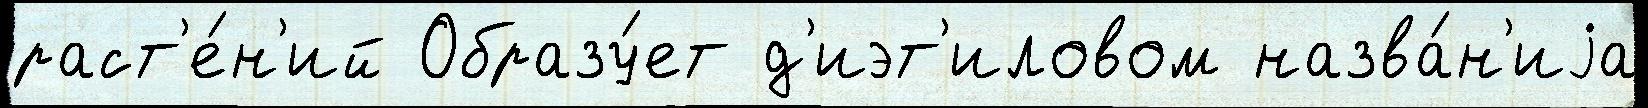
раст'е́н'ий Образу́ет д'иэт'иловом назва́н'иjа